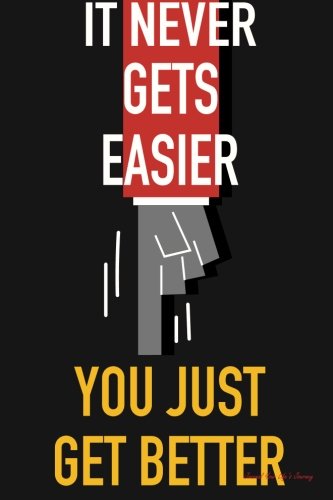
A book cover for Journal Your Life's Journey: Just Get Better, Lined Journal, 6 x 9, 100 Pages; Journal Your Life's Journey; Cookbooks, Food & Wine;